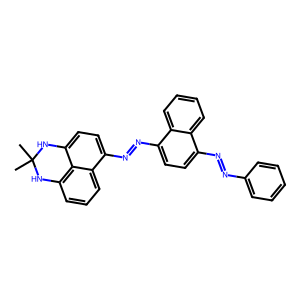
SMILES: CC1(C)Nc2cccc3c(N=Nc4ccc(N=Nc5ccccc5)c5ccccc45)ccc(c23)N1
Inhibits HIV replication: No